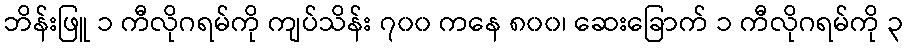
ဘိန်းဖြူ ၁ ကီလိုဂရမ်ကို ကျပ်သိန်း ၇၀၀ ကနေ ၈၀၀၊ ဆေးခြောက် ၁ ကီလိုဂရမ်ကို ၃